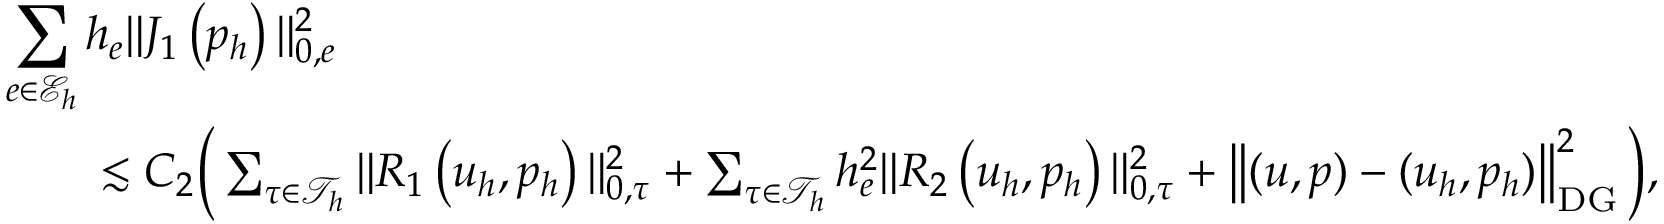
\begin{array} { r l r } { \lefteqn { \sum _ { e \in \mathcal { E } _ { h } } h _ { e } \| J _ { 1 } \left( p _ { h } \right) \| _ { 0 , e } ^ { 2 } } } \\ & { } & { \lesssim C _ { 2 } \Big ( \sum _ { \tau \in \mathcal { T } _ { h } } \| R _ { 1 } \left( \boldsymbol { u } _ { h } , p _ { h } \right) \| _ { 0 , \tau } ^ { 2 } + \sum _ { \tau \in \mathcal { T } _ { h } } h _ { e } ^ { 2 } \| R _ { 2 } \left( \boldsymbol { u } _ { h } , p _ { h } \right) \| _ { 0 , \tau } ^ { 2 } + \left\| ( \boldsymbol { u } , p ) - ( \boldsymbol { u } _ { h } , p _ { h } ) \right\| _ { \mathrm { D G } } ^ { 2 } \Big ) , } \end{array}